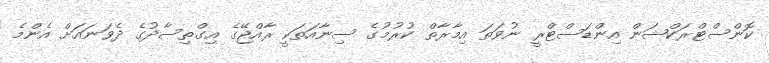
ކޮންސްޓްރަކްޝަން އިންޑަސްޓްރީ ނުވަތަ އިމާރާތް ކުރުމުގެ ސިނާއަތަކީ ރާއްޖޭގެ އިގްތިސާދުގެ ދެވަނައަށް އެންމެ